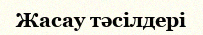
Жасау тәсілдері